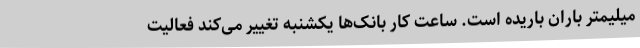
میلیمتر باران باریده است. ساعت کار بانک‌ها یکشنبه تغییر می‌کند فعالیت